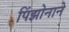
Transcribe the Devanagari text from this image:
पिंझोनाने